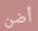
أضن